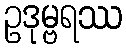
ဥဒုမ္ဗရဿ